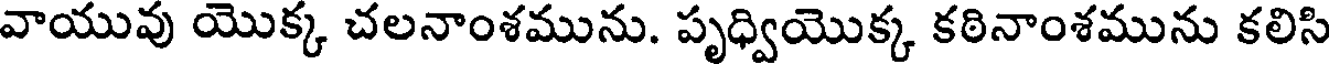
వాయువు యొక్క చలనాంశమును. పృధ్వియొక్క కఠినాంశమును కలిసి